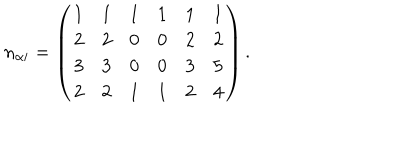
n _ { \alpha i } = \left( \begin{array} { c c c c c c } { { 1 } } & { { 1 } } & { { 1 } } & { { 1 } } & { { 1 } } & { { 1 } } \\ { { 2 } } & { { 2 } } & { { 0 } } & { { 0 } } & { { 2 } } & { { 2 } } \\ { { 3 } } & { { 3 } } & { { 0 } } & { { 0 } } & { { 3 } } & { { 5 } } \\ { { 2 } } & { { 2 } } & { { 1 } } & { { 1 } } & { { 2 } } & { { 4 } } \\ \end{array} \right) .